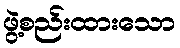
ဖွဲ့စည်းထားသော